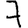
Digit: 7